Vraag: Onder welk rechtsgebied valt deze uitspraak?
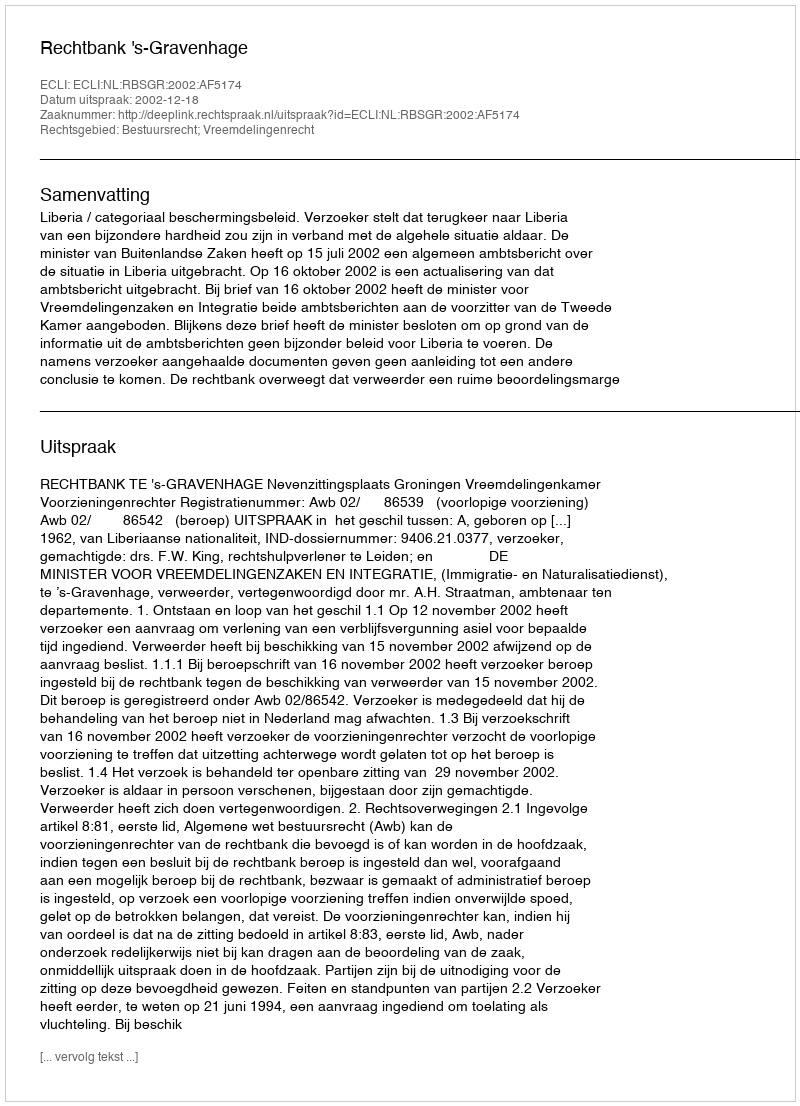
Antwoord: Bestuursrecht; Vreemdelingenrecht